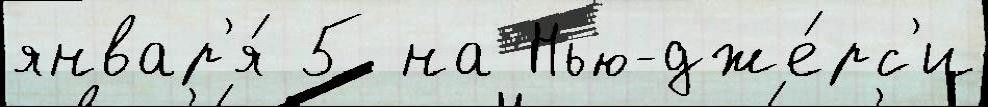
январ'я́ 5 на Нью-дже́рс'и